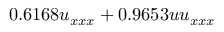
0 . 6 1 6 8 u _ { x x x } + 0 . 9 6 5 3 u u _ { x x x }